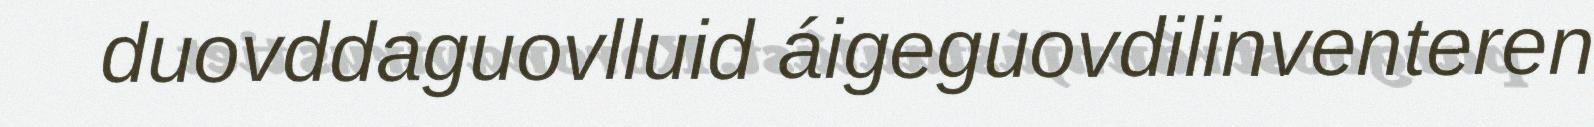
duovddaguovlluid áigeguovdilinventeren